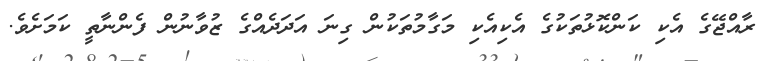
ރާއްޖޭގެ އެކި ކަންކޮޅުތަކުގެ އެކިއެކި މަގާމުތަކުން ގިނަ އަދަދެއްގެ ޒުވާނުން ފެންނާތީ ކަމަށެވެ.